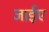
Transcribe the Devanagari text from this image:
जाईए